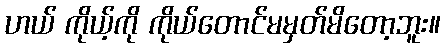
ဟယ် ကိုယ့်ကို ကိုယ်တောင်မမှတ်မိတော့ဘူး။